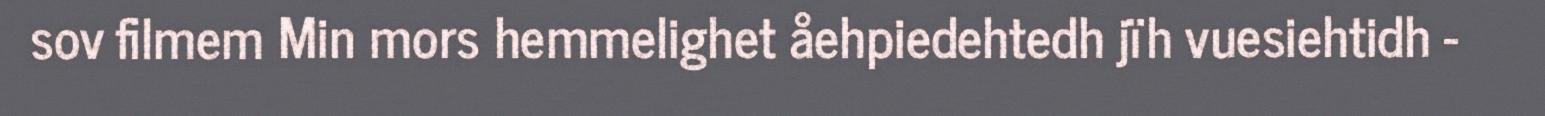
sov filmem Min mors hemmelighet åehpiedehtedh jïh vuesiehtidh -